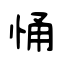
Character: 悀